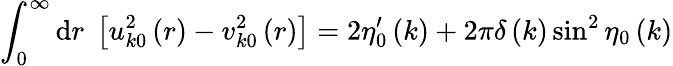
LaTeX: \int_{0}^{\infty}\mathrm{d}r\; \left[u_{k0}^{2}\left(r\right)-v_{k0}^{2}\left(r\right)\right]=2\eta_{0}^{\prime}\left(k\right)+2\pi\delta\left(k\right)\sin^{2}\eta_{0}\left(k\right)